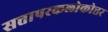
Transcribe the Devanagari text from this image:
सत्तापरकलोकोत्तर